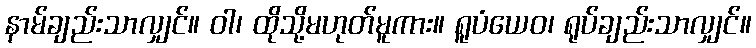
နာမ်ချည်းသာလျှင်။ ဝါ၊ ထိုသို့မဟုတ်မူကား။ ရူပံယေဝ၊ ရုပ်ချည်းသာလျှင်။